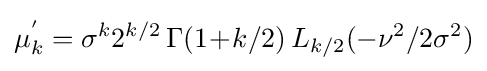
\mu _{k}^{'}=\sigma ^{k}2^{k/2}\,\Gamma (1\!+\!k/2)\,L_{k/2}(-\nu ^{2}/2\sigma ^{2})